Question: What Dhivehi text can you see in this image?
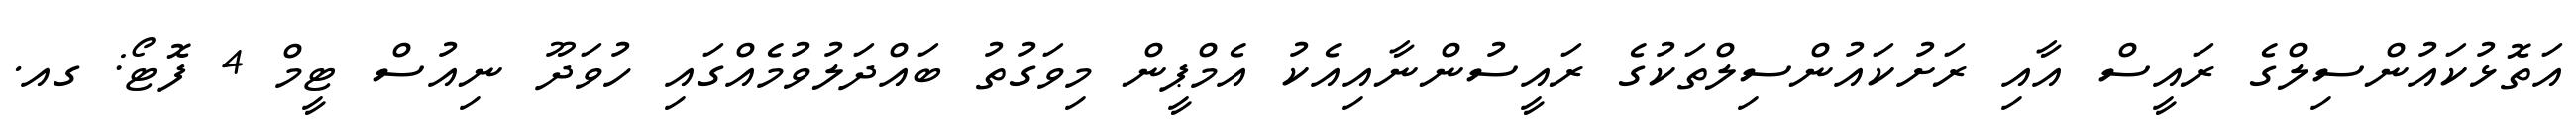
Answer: އަތޮޅުކައުންސިލްގެ ރައީސް އާއި ރަށުކައުންސިލްތަކުގެ ރައީސުންނާއިއެކު އެމްޕީން މިވަގުތު ބައްދަލުވުމެއްގައި ހުވަދޫ ނިއުސް ޓީމް 4 ފޮޓޯ: ގއ.